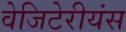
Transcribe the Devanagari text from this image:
वेजिटेरीयंस